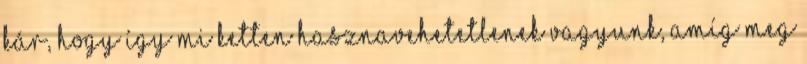
Kár, hogy így mi ketten hasznavehetetlenek vagyunk, amíg meg